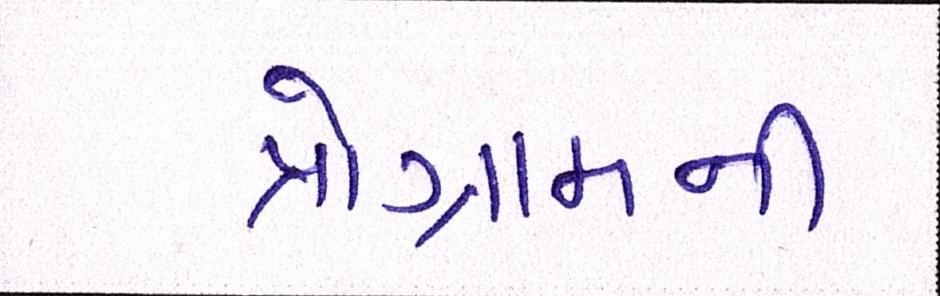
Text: પ્રોગ્રામની